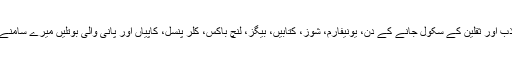
عنیزہ، جاذب اور ثقلین کے سکول جانے کے دن، یونیفارم، شوز، کتابیں، بیگز، لنچ باکس، کلر پنسل، کاپیاں اور پانی والی بوتلیں میرے سامنے آتی گئیں۔